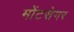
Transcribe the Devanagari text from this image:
मोंटसेगर